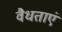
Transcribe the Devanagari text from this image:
वैधताएं